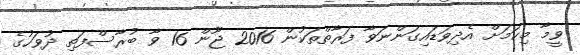
ވީމާ މިކަމަށް އެދިވަޑައިގަންނަވާ ފަރާތްތަކުން 2016 ޖޫން 16 ވާ ބުރާސްފަތި ދުވަހުގެ